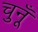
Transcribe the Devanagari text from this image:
चुनूँ